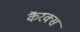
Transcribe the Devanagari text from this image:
कैरैक्स